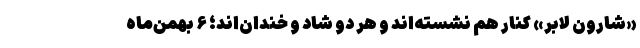
«شارون لابر» کنار هم نشسته‌اند و هر دو شاد و خندان‌اند؛ ۶ بهمن‌ماه